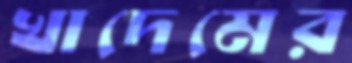
খাদেমের